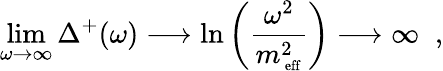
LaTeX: \operatorname*{lim}_{\omega\rightarrow\infty}\Delta^{+}(\omega)\longrightarrow\ln\left(\frac{\omega^{2}}{m_{\mathrm{\scriptsize~eff}}^{2}}\right)\longrightarrow\infty\; \; ,